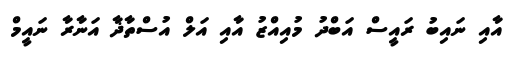
އާއި ނައިބު ރައީސް އަބްދު މުއިއްޒު އާއި އަލް އުސްތާޛާ އަނާރާ ނައީމް